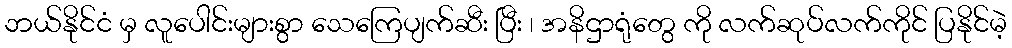
ဘယ်နိုင်ငံ မှ လူပေါင်းများစွာ သေကြေပျက်ဆီး ပြီး ၊ အနိဌာရုံတွေ ကို လက်ဆုပ်လက်ကိုင် ပြနိုင်မဲ့